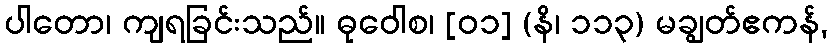
ပါတော၊ ကျရခြင်းသည်။ ဓုဝေါစ၊ [၀၁] (နိ၊ ၁၁၃) မချွတ်ဧကန်,